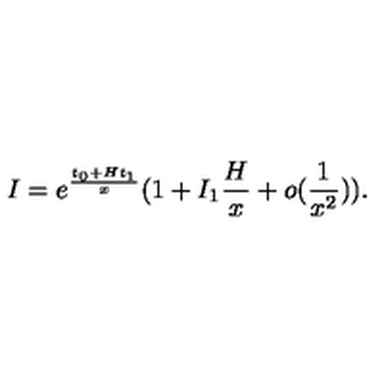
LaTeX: I = e ^ { \frac { t _ { 0 } + H t _ { 1 } } { x } } ( 1 + I _ { 1 } \frac { H } { x } + o ( \frac { 1 } { x ^ { 2 } } ) ) .